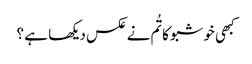
کبھی خوشبو کا تُم نے عکس دیکھا ہے ؟